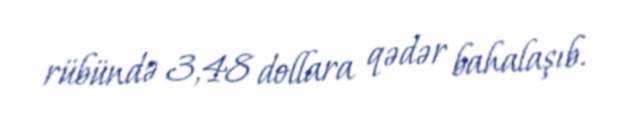
rübündə 3,48 dollara qədər bahalaşıb.